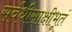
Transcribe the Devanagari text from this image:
सर्वधीसाक्षीभूतं